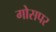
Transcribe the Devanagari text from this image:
गोसपर